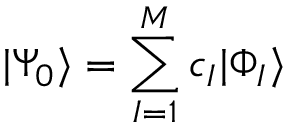
\ensuremath { \vert \Psi _ { 0 } \rangle } = \sum _ { I = 1 } ^ { M } c _ { I } \ensuremath { \vert \Phi _ { I } \rangle }